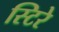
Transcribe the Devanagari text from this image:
स्टिरे